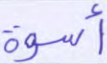
أسوة